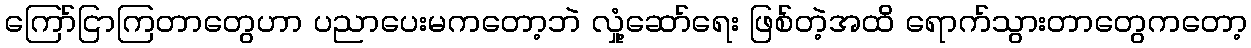
ကြော်ငြာကြတာတွေဟာ ပညာပေးမကတော့ဘဲ လှုံ့ဆော်ရေး ဖြစ်တဲ့အထိ ရောက်သွားတာတွေကတော့